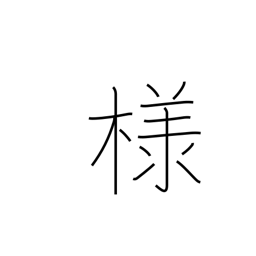
Meaning: polite suffix